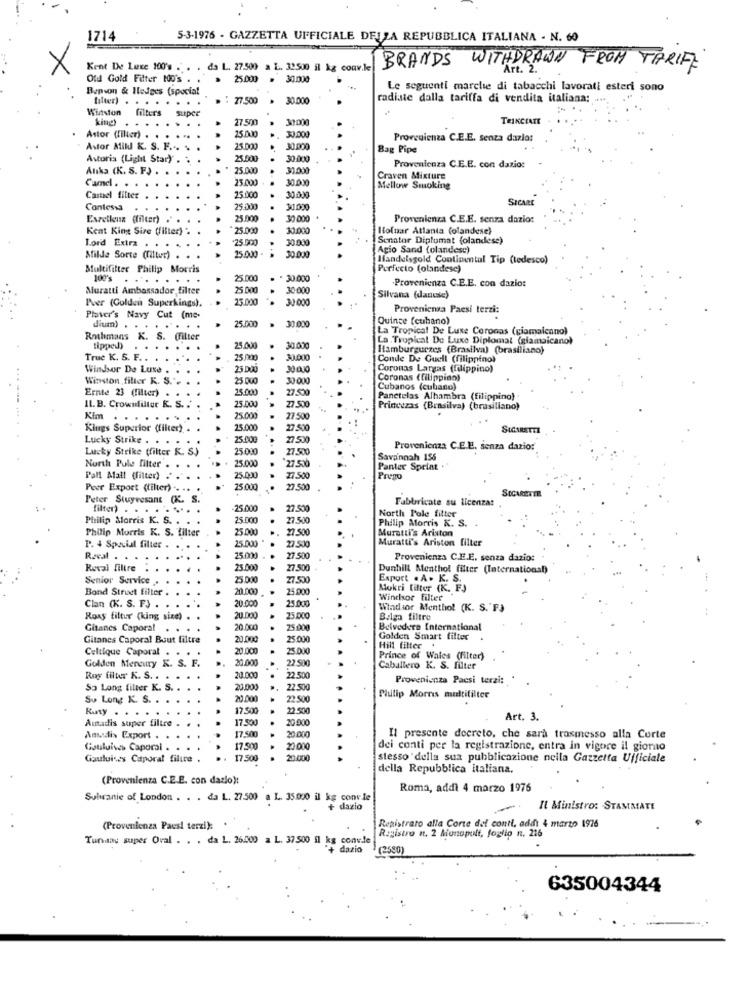
1714
5-3-1976 - GAZZETTA UFFICIALE DELLA REPUBBLICA ITALIANA - N. 60
X
Kent De Luxe 100's . . . da L. 27.509 a L. 39500 il kg conv.le
Kent De Luxe 100's ..
BRANDS WITHDRAWN FROM TARIFF
Old Gold Filter Ho's .
25.000 . 30.000
Benson & Hedges (special
Le seguenti marche di tabacchi lavorati esteri sono
filter) . ..
..
. : 27.500
30.000
radiate dalla tariffa di vendita italiana:
Winston filter's
super
king)
27.500
31.000
TRIKCIATT
Astor (filter) . .
. ..
25.00
30.000
Provenienza C.E.E. senza dazlo:
Astor MIN K. S. F ... .
25.000
Bag Pipe
Astoria (Light Star)"
25.000
30.000
Anka (K. S. F) . .
25.00
31.000
Provenienza C.E.E. con dazio:
25.000
30.000
Craven Mixture
Came . . .
Mellow Smoking
Castel filter
25.00
30.000
SICARE
Contessa
25.500
30.000
Exzellenz (filter)
25.000
30 000
Provenienza C.E.E. senza dazio:
Kent King Size (filter) >
25.000
11:000
Ifofnar Atlanta (olandese)
+25.000
30.000
Senator Diplomat (olandese)
Lord Extra . .
Agio Sand (olandese)
Atilde Sorte (filtur) .
25.000
30.000
Handelsgold Continental Tip (tedesco)
Multifilter Philip Morris
Perfecto (olandese)
100's
25.000
. 30.000
.Provenienza C.E.E. con dazio:
Muratti Ambassador filter
25 000
30,000
Pver (Golden Superkings).
23.00
30.000
Silvana (dancie)
Provenienza Paesi terzi:
Player's Navy Cut (me-
25.000
Quince (cubano)
dium) . .
La Tropical De Luxe Coronas (giamalenno)
Rothmans K. S. (Filter
La . Tropical De Luxe Diplomat (giamaicano)
tipped)
25.000
30.000
Hamburgurzes (Brasilva) (brasiliano)
True K. S. F. .
25 5300
30.000
Conde De Guell (filippino)
Windsor De Luxe
...
25 DOO
30 000
Coronas Largas (filippino)
Winston filter K. S."
25 000
30 000
Coronas (filippino)
Ernte 23 (filter)
25.000
27.50
Cubanos (cubano)
27.500
Panetelas Alhambra (filippino)
IL. B. Crownfilter K. S.
25.000
Princezas (Brasilva) (brasiliano)
Kim
25.00
27.500
Kings Superior (filter) .
25.00
22.500
Lucky Strike . .
25.00
27 .530
Lucky Strike (filter R. S)
25 0!
27.500
Provenienza C.E.E. senza dazio:
North Pule filter
25.00
27.500
Savannah 155
Panter Sprint
Pall Afall (filter) .
5.000
27.500
Prego
Peer Export (filter) ..
25.000
27.500
Peter Stuyvesant (K. S.
Fabbricate su licenza:
filter) .
25.000
27.500
North Pole filter
Philip Morris K. S. . . .
25.000
27.510
Philip Morris K. S. .
Philip Morris K. S. filter
25.000
27.500
Muratti's Ariston
27.500
Muratti's Ariston filter
P. 4 Special filter .
25.00
Rzeal
25.00
27.500
Provenienza C.E.E. senza dazio:
Roval filtre .
25.000
27.500
Dunhill Menthol filter (International)
Senior Service .
25.000
27.500
Export . A. K. S.
Bond Street filter
20.000
25.000
Mokri filter (K. F)
25.000
Windsor Filter
Clan (K. S. F) . . .
20.00
Windsor Menthol (K. S."F)
Roxy filtur (king size)
20.00
25.000
B.lga filtre
Gitanes Caporal . . .
20.00
25.000
Belvedere International
Gitanes Caporal Bout filtre
20.000
25.000
Golden Smart filter
20.00
25.000
Hill filter .
Celtique Caporal . . .
Golden Mercury K. S. F.
20.00
22.50
Prince of Wales (filter)
Caballero K. S. filter
Roy filter K. S. .
20.00
22.500
Provenienza Paesi terzi:
So Long filter K. S. .
20.000
22.500
So Long K. S. . .
20.000
22.500
Plulip Morris multifilter
Kuty .
17.500
22.500
Altadis super filtre
17.500
20.000
Art. 3.
17.500
20.000
Andi> Export .
Il presente decreto, che sarà trasmesso alla Corte
Gouluives Caporal .
17.500
20 .000
dei conti per la registrazione, entra in vigore il giorno
Gouluises Caporal filice .
17.500
20.000
stesso della sua pubblicazione nella Gazzetta Ufficiale
della Repubblica italiana,
(Provenienza C.E.E. con dazlo):
Roma, addì 4 marzo 1976
Subiranie of London . . . da L. 27.500 a L .. 35.000 il kg convie
+ daxio
Il Ministro: STAMMATE
(Provenienza Paesi terzi):
Registrato alla Corte dei conti, addi 4 marzo 1976
Registro at. 2 Monopolt, foglio n. 216
Tunaau super Oval . . . da L. 26.000 a L. 37500 il kg convie
+ dazio
(2580)
635004344